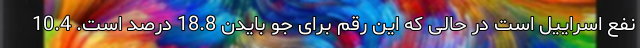
نفع اسراییل است در حالی که این رقم برای جو بایدن 18.8 درصد است. 10.4